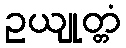
ဥယျုတ္တံ